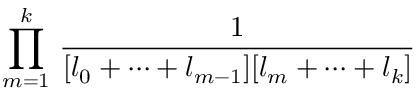
\prod _ { m = 1 } ^ { k } \, \frac 1 { [ l _ { 0 } + \cdots + l _ { m - 1 } ] [ l _ { m } + \cdots + l _ { k } ] }